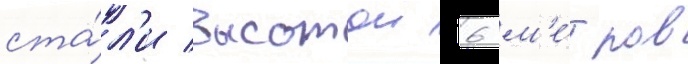
ста́л'и высотои 6 м'е́тров